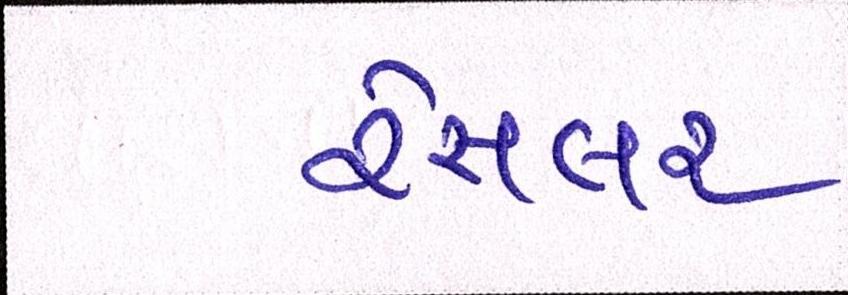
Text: રેસલર